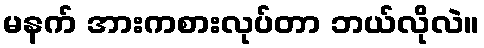
မနက် အားကစားလုပ်တာ ဘယ်လိုလဲ။